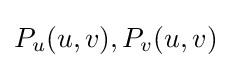
P_{u}(u,v),P_{v}(u,v)